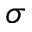
\sigma